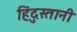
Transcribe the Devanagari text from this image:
हिंदुस्‍तानी